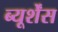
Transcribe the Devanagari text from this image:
ब्यूर्शेंस